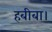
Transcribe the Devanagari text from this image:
हबीबा।